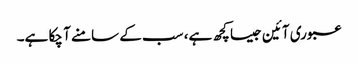
عبوری آئین جیسا کچھ ہے، سب کے سامنے آ چکا ہے۔